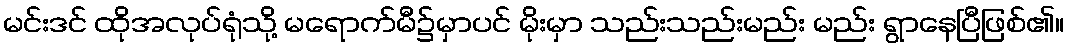
မင်းဒင် ထိုအလုပ်ရုံသို့ မရောက်မီ၌မှာပင် မိုးမှာ သည်းသည်းမည်း မည်း ရွာနေပြီဖြစ်၏။